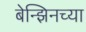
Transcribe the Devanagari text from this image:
बेन्झिनच्या